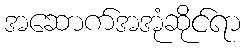
အဆောက်အအုံဆိုင်ရာ